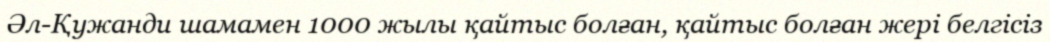
Әл-Қужанди шамамен 1000 жылы қайтыс болған, қайтыс болған жері белгісіз